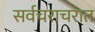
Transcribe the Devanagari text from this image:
सर्वचराचरात